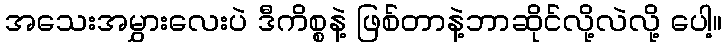
အသေးအမွှားလေးပဲ ဒီကိစ္စနဲ့ ဖြစ်တာနဲ့ဘာဆိုင်လို့လဲလို့ ပေါ့။